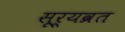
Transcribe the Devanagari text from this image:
सूर्यव्रत